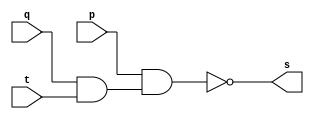
// ---------------------
// Guia 01 - NAND
// Nome: Marden Santos Batista
// ---------------------

// ---------------------
// -- NAND gate
// ---------------------

module nandgate (s, p, q, t);
 output s;
 input  p, q, t;

 assign s = ~(p & (q & t));

endmodule // nandgate

// ---------------------
// -- test nand gate
// ---------------------

module testnandgate;
 reg   a, b,c;
 wire  s;
          // instancia
 nandgate NAND1 (s, a, b,c);
 
          // parte principal
 initial begin
      $display("Guia 01 - Marden Santos Batista - 388613");
      $display("Test NAND gate");
      $display("\n ~((a & b) & c) = s\n");
      a=0; b=0;c=0;
  #1  $display("%b & %b & %b = %b", a, b,c, s);
      a=0; b=0;c=1;
  #1  $display("%b & %b & %b = %b", a, b,c, s);
      a=0; b=1;c=1;
  #1  $display("%b & %b & %b = %b", a, b,c, s);
      a=1; b=1;c=1;
  #1  $display("%b & %b & %b = %b", a, b,c, s);
      a=1; b=1;c=0;
  #1  $display("%b & %b & %b = %b", a, b,c, s);
      a=1; b=0;c=0;
  #1  $display("%b & %b & %b = %b", a, b,c, s);
      a=1; b=0;c=1;
  #1  $display("%b & %b & %b = %b", a, b,c, s);

 end

endmodule // testnandgate